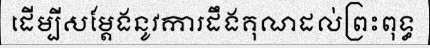
ដើម្បីសម្តែងនូវការដឹងគុណដល់ព្រះពុទ្ធ